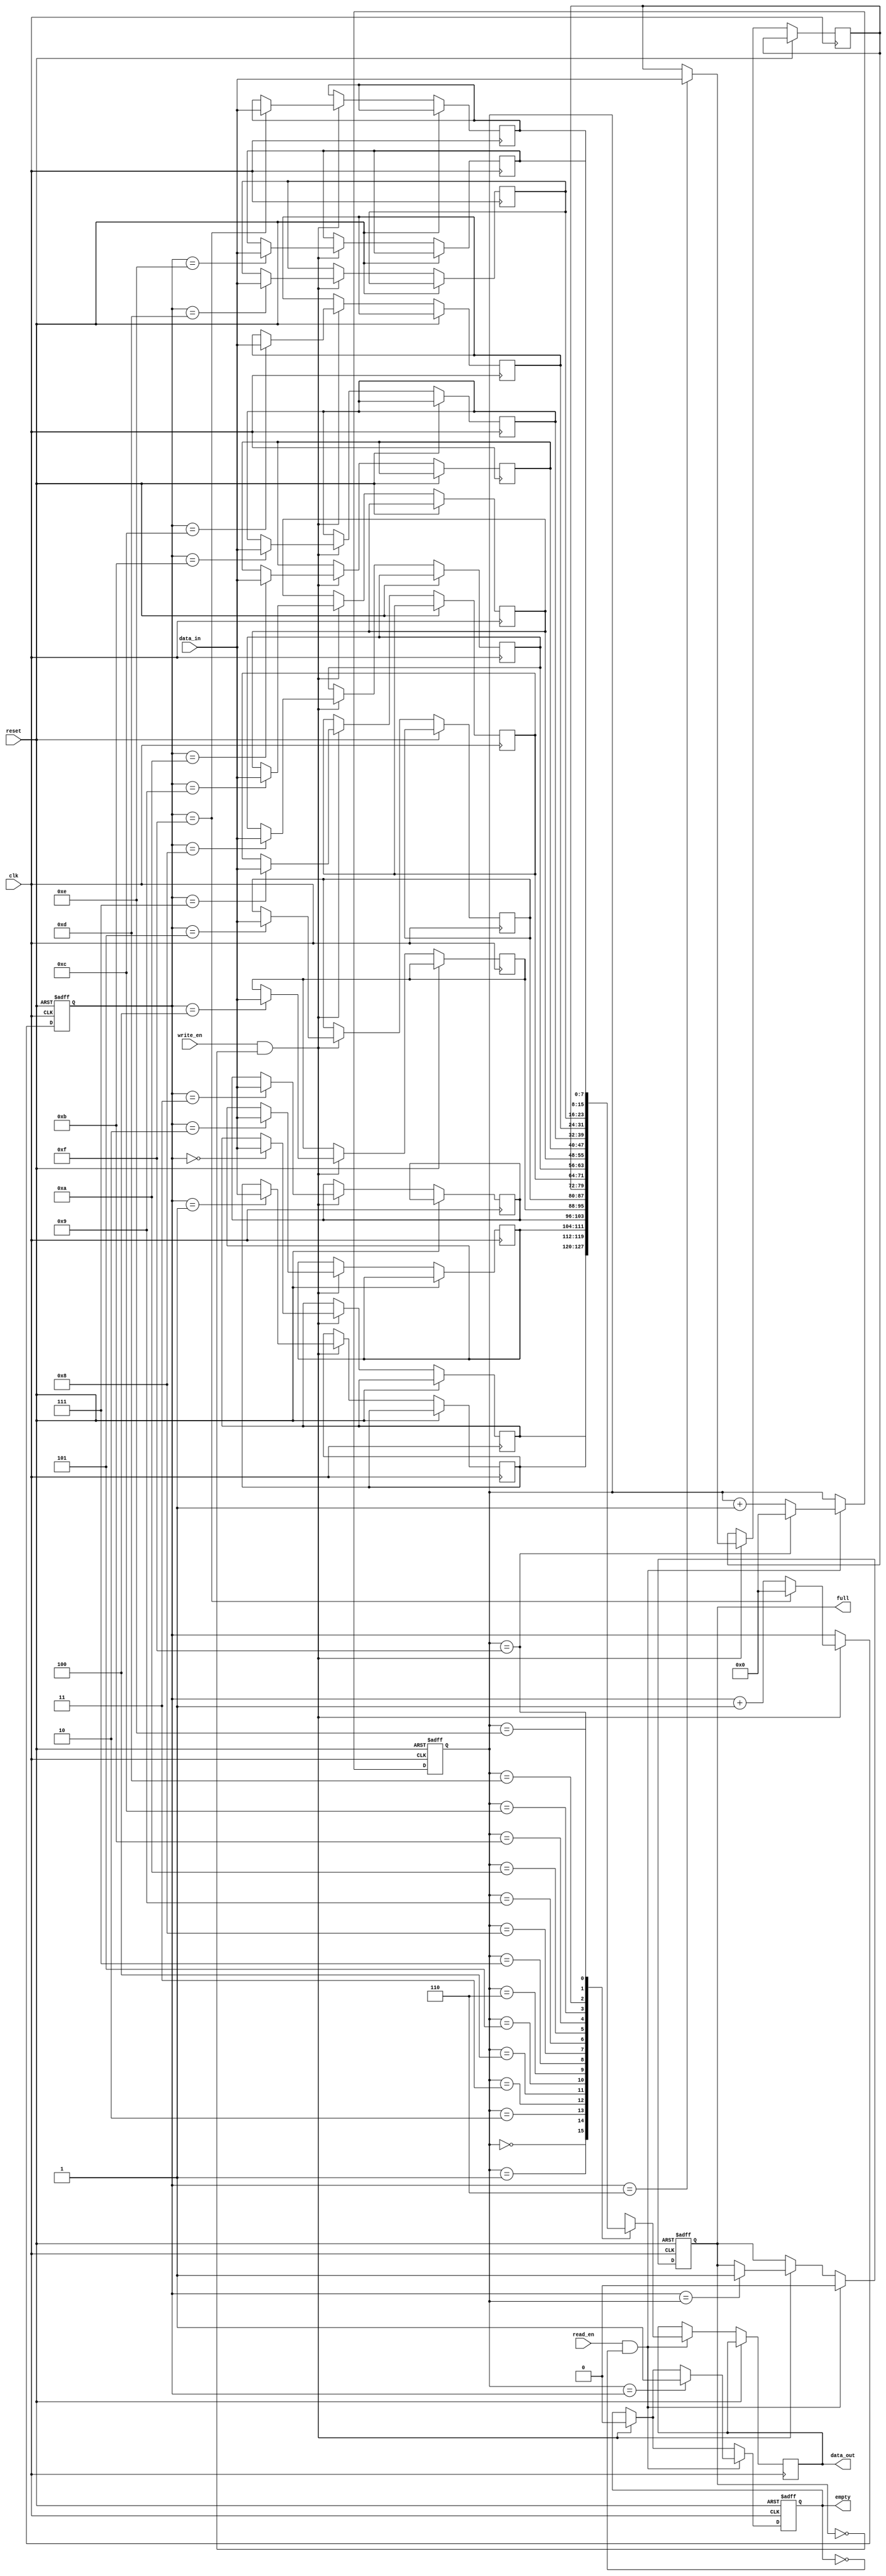
module synchronous_fifo (
    input wire clk,
    input wire reset,
    input wire write_en,
    input wire read_en,
    input wire [7:0] data_in,
    output wire [7:0] data_out,
    output reg full,
    output reg empty
);

parameter DEPTH = 16; // Depth of FIFO
parameter WIDTH = 8; // Width of data

reg [7:0] memory [0:DEPTH-1];
reg [3:0] write_pointer = 0;
reg [3:0] read_pointer = 0;

// Control logic
always @ (posedge clk or posedge reset)
begin
    if (reset) begin
        write_pointer <= 0;
        read_pointer <= 0;
        full <= 0;
        empty <= 1;
    end else begin
        if (write_en && !full) begin
            memory[write_pointer] <= data_in;
            write_pointer <= write_pointer + 1;
            if (write_pointer == DEPTH-1)
                write_pointer <= 0;
            empty <= 0;
            if (write_pointer == read_pointer)
                full <= 1;
        end
        if (read_en && !empty) begin
            data_out <= memory[read_pointer];
            read_pointer <= read_pointer + 1;
            if (read_pointer == DEPTH-1)
                read_pointer <= 0;
            full <= 0;
            if (read_pointer == write_pointer)
                empty <= 1;
        end
    end
end

endmodule